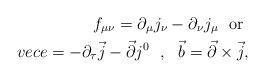
LaTeX: \begin{align*}f_{\mu\nu}=\partial_\mu j_\nu-\partial_\nu j_\mu\ \ {\rm or}\ \\vec{e}=-\partial_\tau\vec{j}-\vec{\partial}j^0\ \ ,\ \ \vec{b}=\vec{\partial}\times\vec{j}, \end{align*}